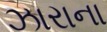
ઝારાના